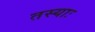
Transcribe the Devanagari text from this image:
तस्याः